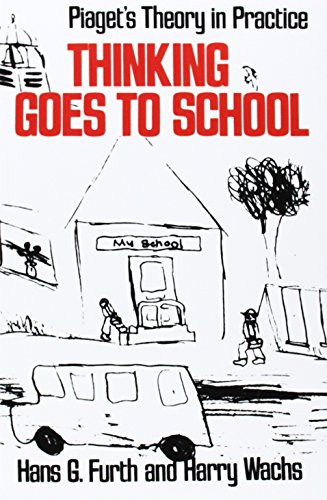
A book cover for Thinking Goes to School: Piaget's Theory in Practice; Hans G. Furth; Literature & Fiction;